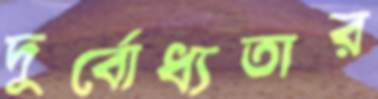
দুর্বোধ্যতার